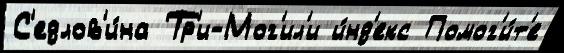
С'едлов'и́на Тр'и-Мог'ил'и и́нд'екс Помог'и́т'е